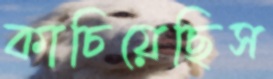
কাচিয়েছিস